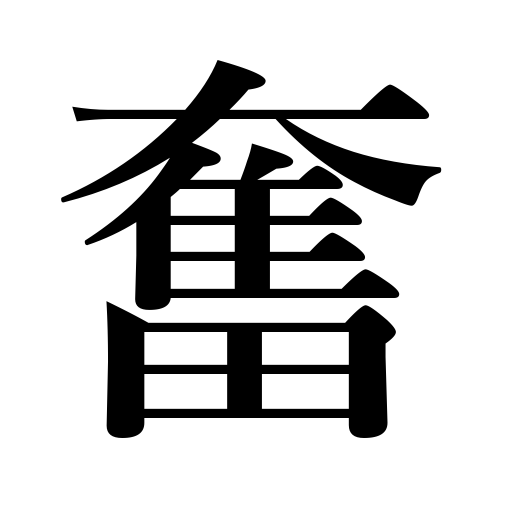
Meanings: be invigorated,flourish,be spirited